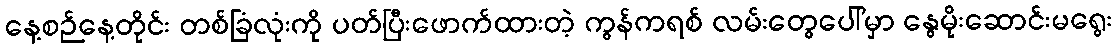
နေ့စဉ်နေ့တိုင်း တစ်ခြံလုံးကို ပတ်ပြီးဖောက်ထားတဲ့ ကွန်ကရစ် လမ်းတွေပေါ်မှာ နွေမိုးဆောင်းမရွေး